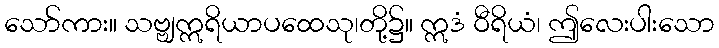
သော်ကား။ သဗ္ဗျဣရိယာပထေသု၊တို့၌။ ဣဒံ ဝီရိယံ၊ ဤလေးပါးသော